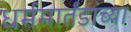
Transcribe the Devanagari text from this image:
धर्ममार्तंडांच्या